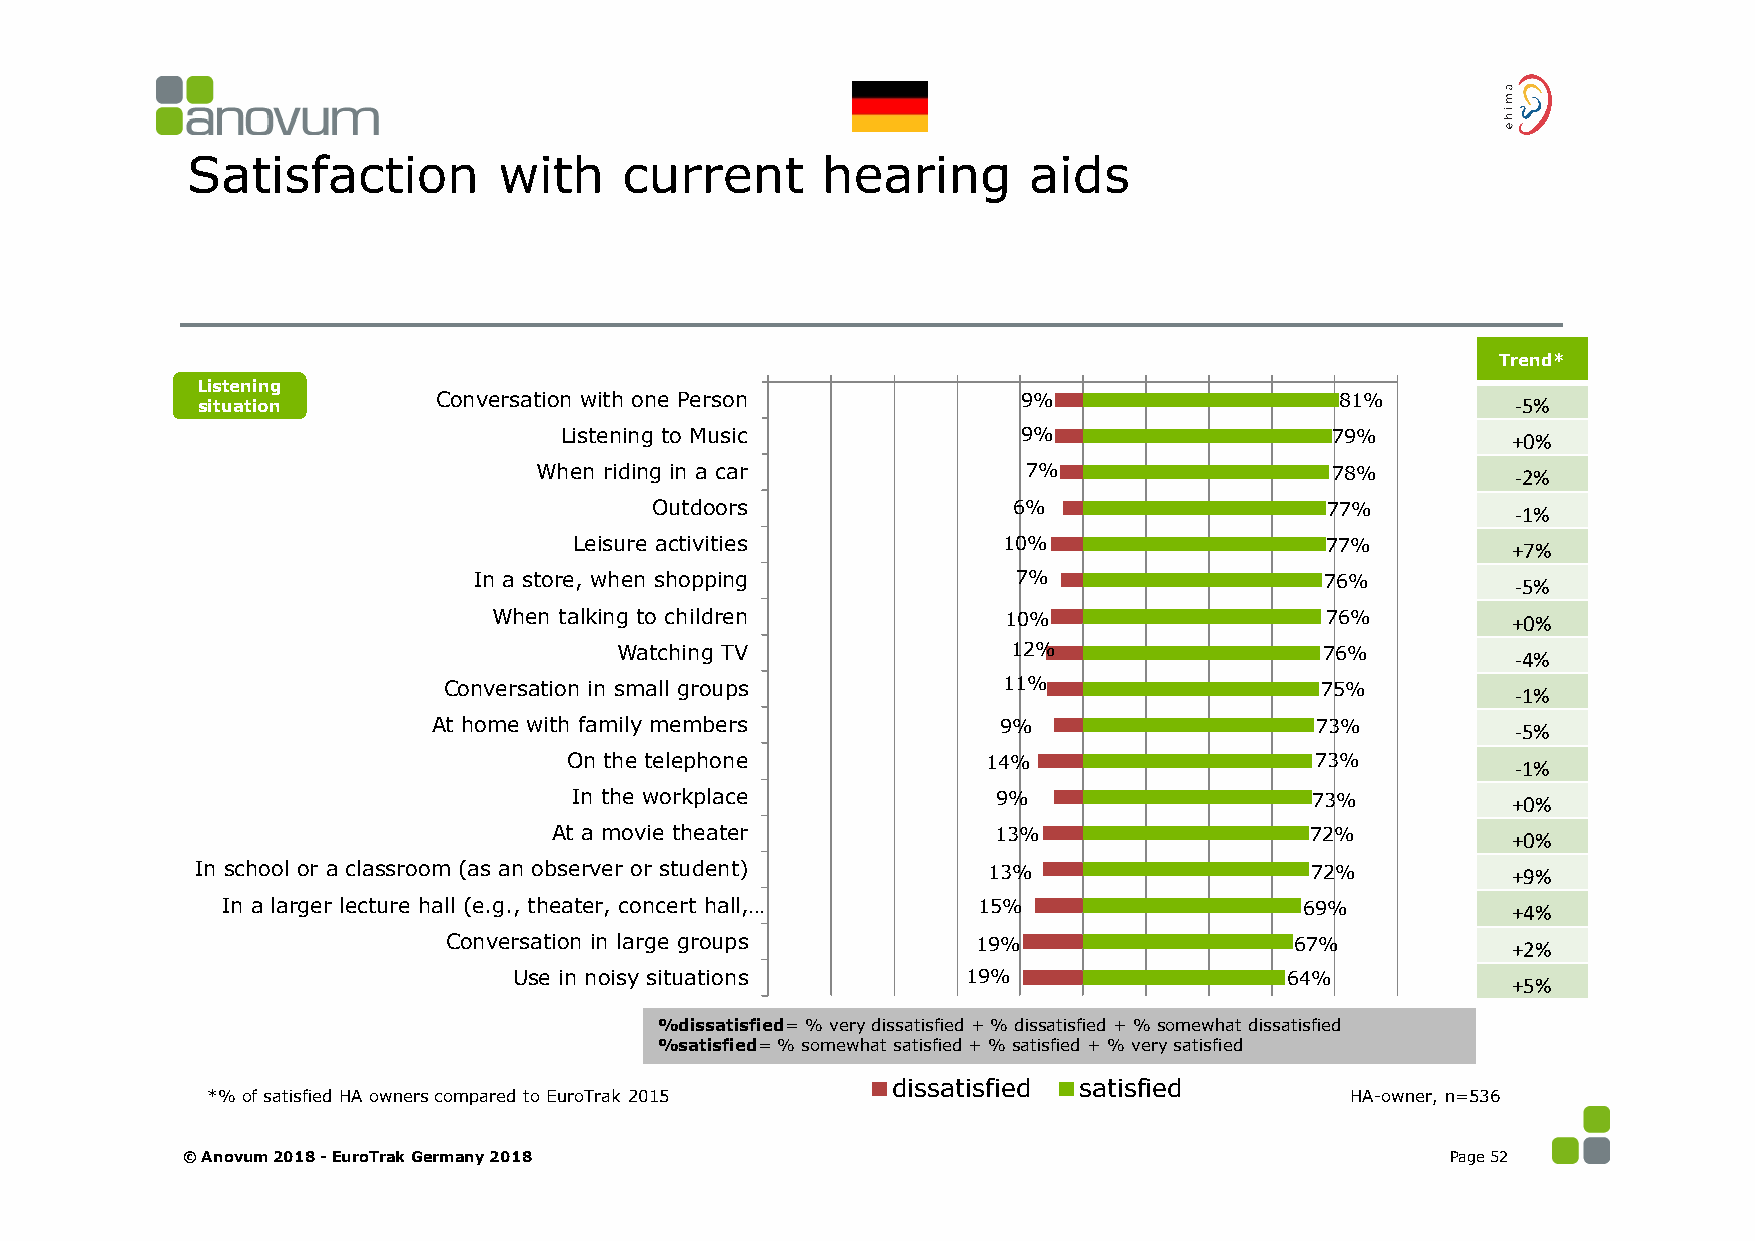
Satisfaction         with    current      hearing       aids
 ,100% ,80% ,60% ,40% ,20% ,0% ,20%,40% ,60% ,80%,100%
 Trend*
 Listening
 situation       Conversation with one Person           9%                   81%        -5%
 Listening to Music             9%                  79%         +0%
 When riding in a car             7%                  78%         -2%
 Outdoors                6%                   77%         -1%
 Leisure activities          10%                   77%         +7%
 In a store, when shopping           7%                   76%         -5%
 When talking to children         10%                   76%         +0%
 Watching TV               12%                  76%         -4%
 Conversation in small groups         11%                  75%          -1%
 At home with family members          9%                   73%          -5%
 On the telephone           14%                   73%          -1%
 In the workplace            9%                   73%          +0%
 At a movie theater           13%                  72%          +0%
 In school or a classroom (as an observer or student) 13%                  72%          +9%
 In a larger lecture hall (e.g., theater, concert hall,… 15%            69%           +4%
 Conversation in large groups       19%                  67%           +2%
 Use in noisy situations       19%                  64%            +5%
 %dissatisfied= % very dissatisfied + % dissatisfied + % somewhat dissatisfied
 %satisfied= % somewhat satisfied + % satisfied + % very satisfied
 dissatisfied satisfied
 *% of satisfied HA owners compared to EuroTrak 2015                        HA-owner, n=536
 © Anovum 2018 -EuroTrak Germany 2018                                                Page 52